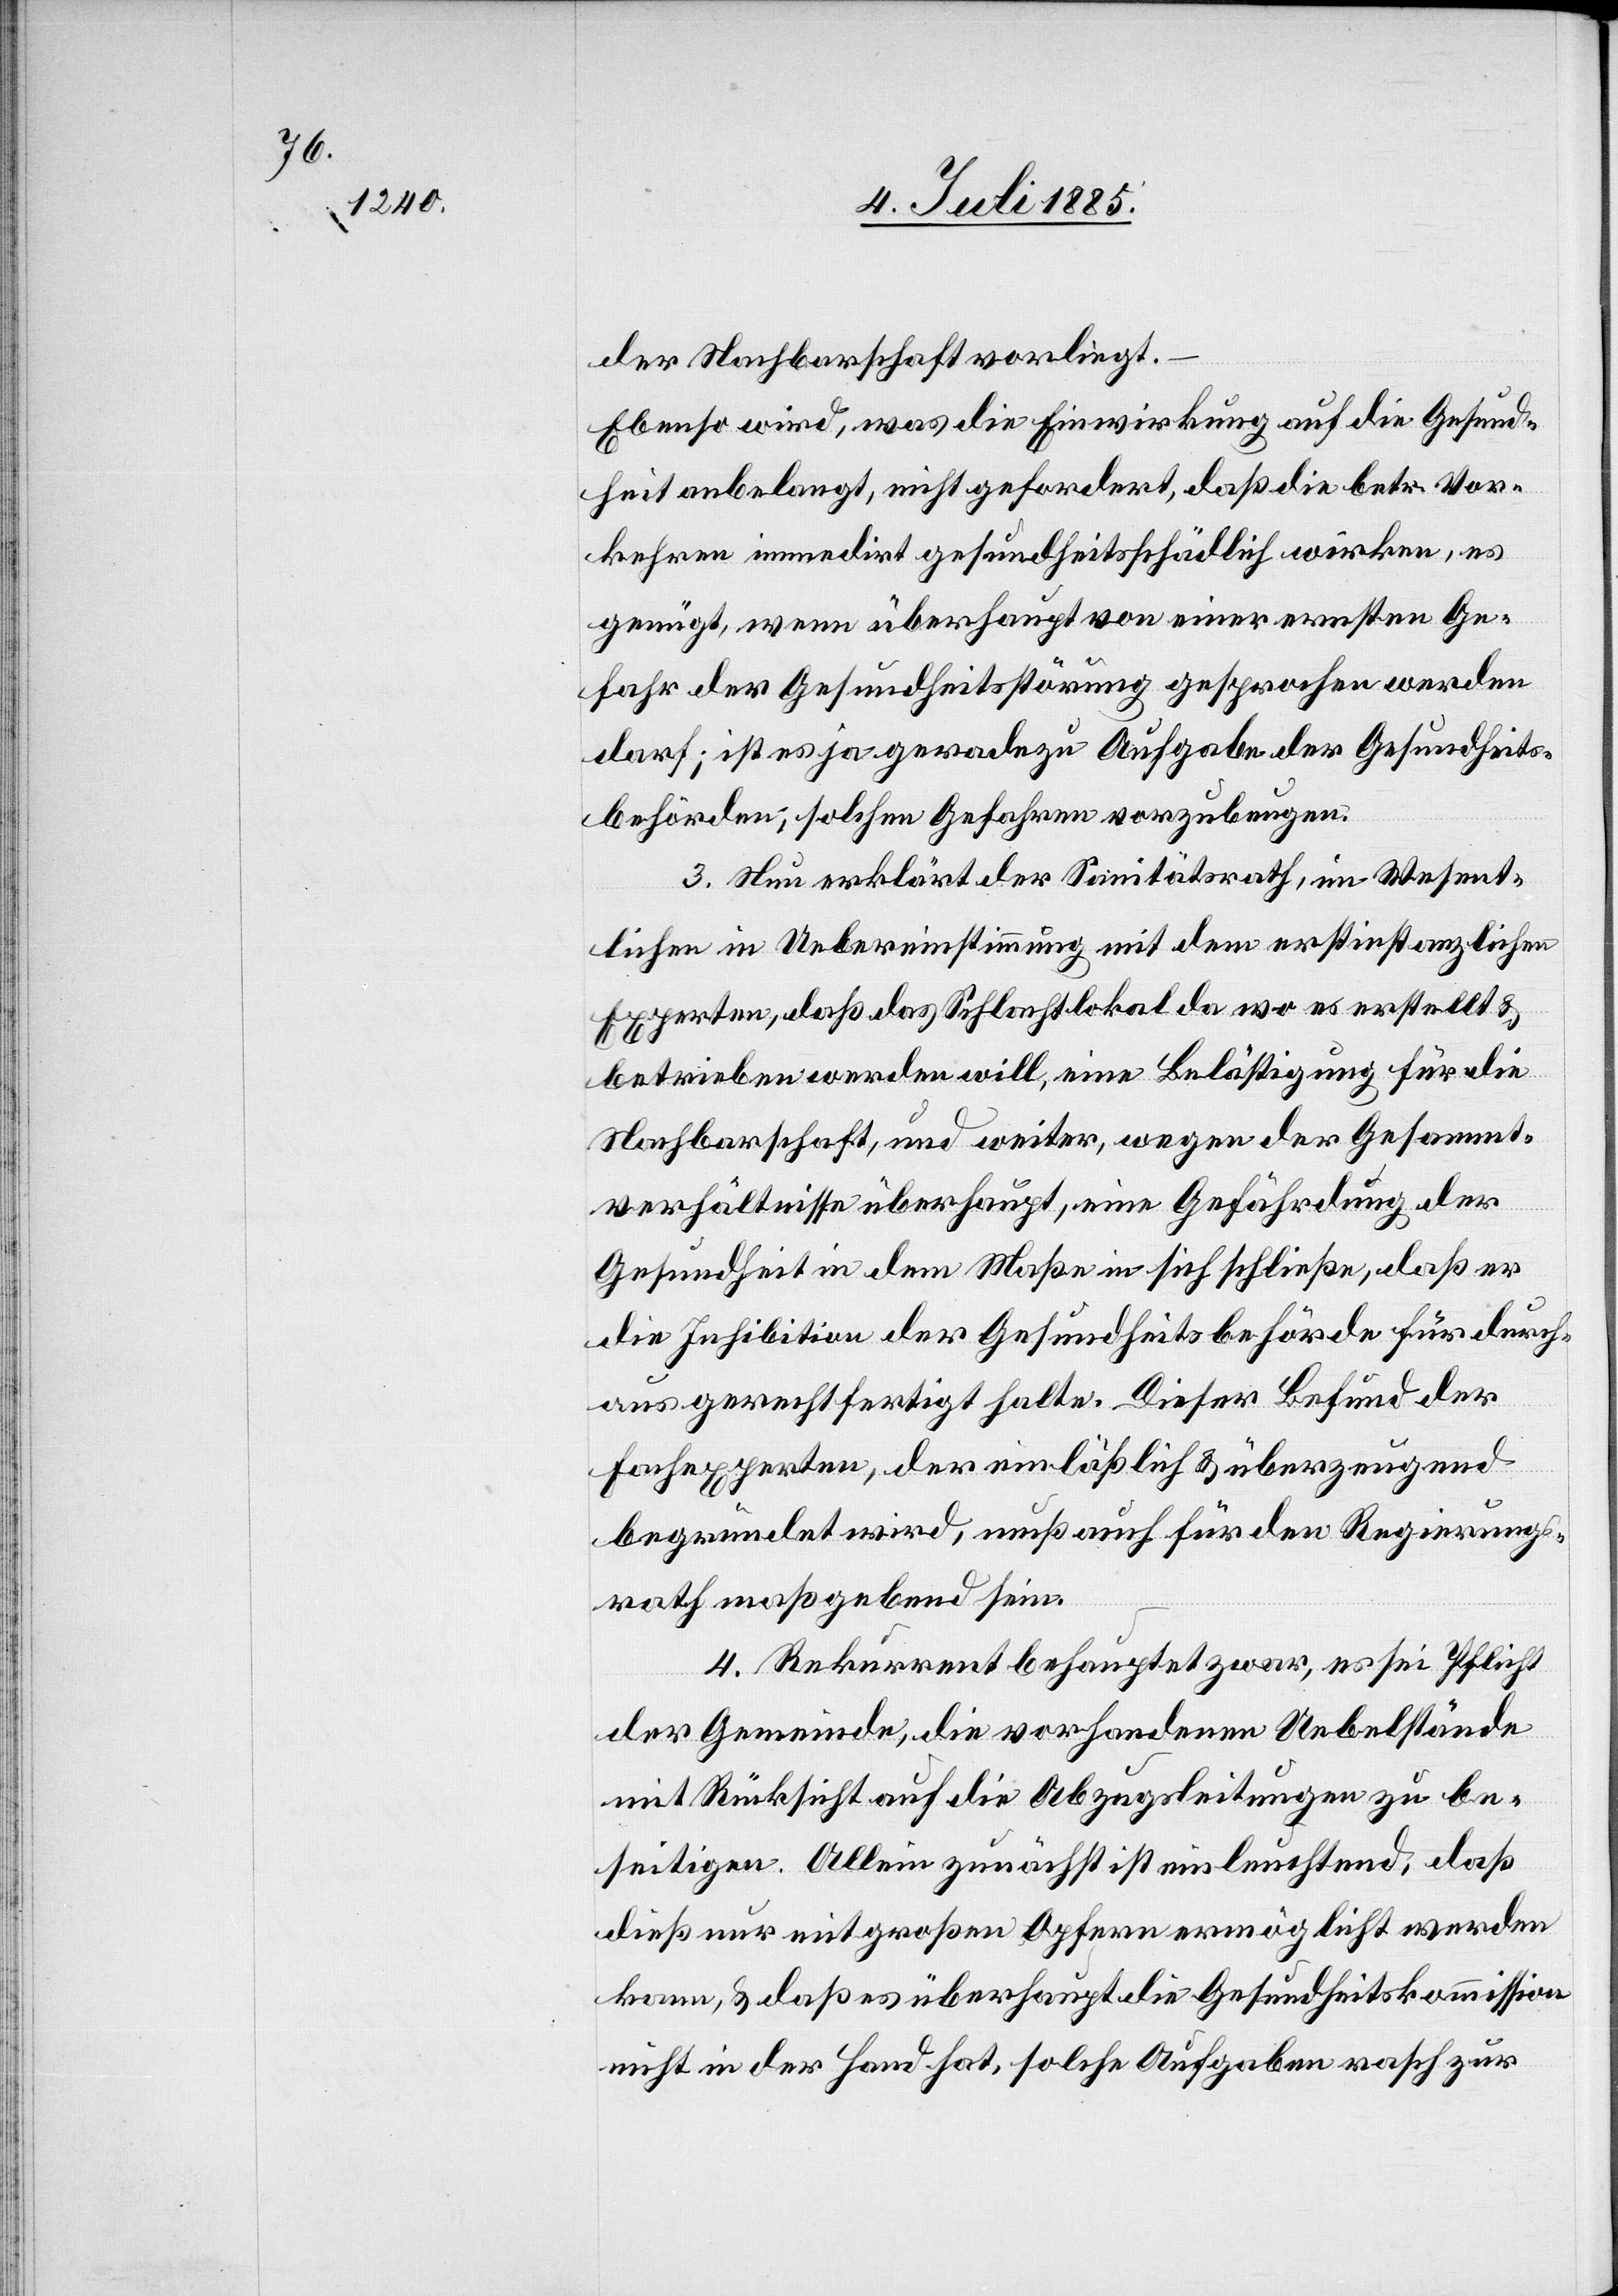
der Nachbarschaft vorliegt.
Ebenso wird, was die Einwirkung auf die Gesund¬
heit angelangt, nicht gefordert, daß die betr. Vor¬
kehren immedirt gesundheitsschädlich wirken, es
genügt, wenn überhaupt von einer ernsten Ge¬
fahr der Gesundheitsstörung gesprochen werden
darf; ist es ja geradezu Aufgabe der Gesundheits¬
behörden, solchen Gefahren vorzubeugen.
3. Nun erklärt der Sanitätsrath, im Wesent¬
lichen in Uebereinstimmung mit dem erstinstanzlichen
Experten, daß das Schlachtlokal da wo es erstellt &
betrieben werden will, eine Belästigung für die
Nachbarschaft, und weiter, wegen der Gesammt¬
verhältnisse überhaupt, eine Gefährdung der
Gesundheit in dem Maße in sich schließe, daß er
die Inhibition der Gesundheitsbehörde für durch¬
aus gerechtfertigt halte. Dieser Befund der
Fachexperten, der einläßlich & überzeugend
begründet wird, muß auch für den Regierungs¬
rath maßgebend sein.
4. Rekurrent behauptet zwar, es sei Pflicht
der Gemeinde, die vorhandenen Uebelstände
mit Rücksicht auf die Abzugsleitungen zu be¬
seitigen. Allein zunächst ist einleuchtend, daß
dieß nur mit großen Opfern ermöglicht werden
kann, & daß es überhaupt die Gesundheitskommission
nicht in der Hand hat, solche Aufgaben rasch zur